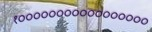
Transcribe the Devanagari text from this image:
१०००००००००००००००००